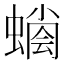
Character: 𧐬